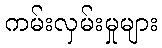
ကမ်းလှမ်းမှုများ